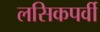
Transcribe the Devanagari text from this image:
लसिकपर्वी